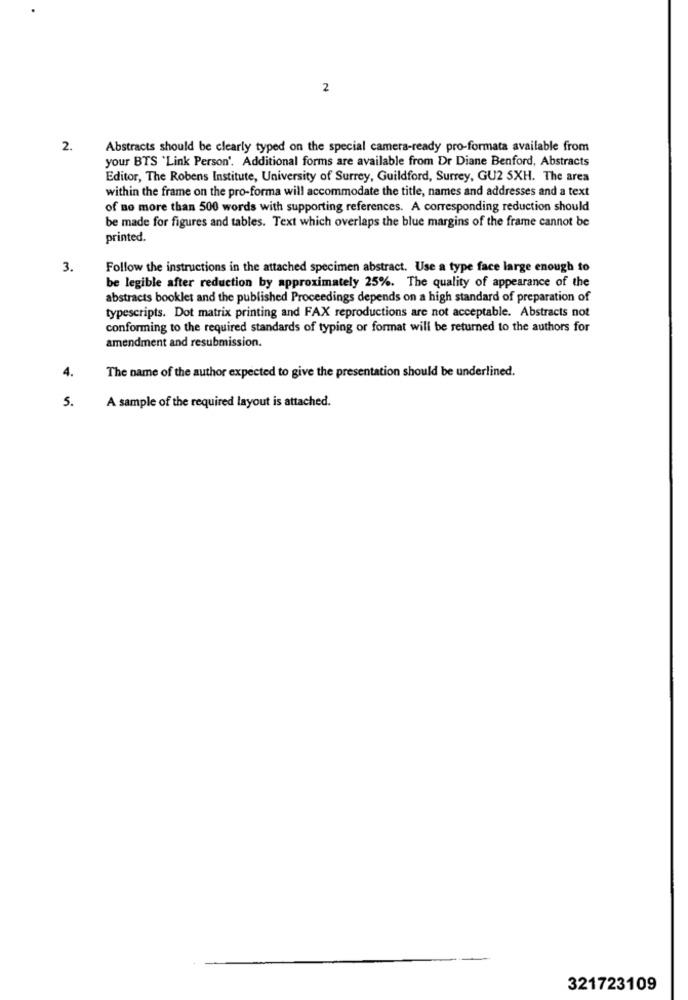
2
2.
Abstracts should be clearly typed on the special camera-ready pro-formata available from
your BTS 'Link Person'. Additional forms are available from Dr Diane Benford, Abstracts
Editor, The Robens Institute, University of Surrey, Guildford, Surrey, GU2 5XH. The area
within the frame on the pro-forma will accommodate the title, names and addresses and a text
of no more than 500 words with supporting references. A corresponding reduction should
be made for figures and tables. Text which overlaps the blue margins of the frame cannot be
printed.
3.
Follow the instructions in the attached specimen abstract. Use a type face large enough to
be legible after reduction by approximately 25%. The quality of appearance of the
abstracts booklet and the published Proceedings depends on a high standard of preparation of
typescripts. Dot matrix printing and FAX reproductions are not acceptable. Abstracts not
conforming to the required standards of typing or format will be returned to the authors for
amendment and resubmission.
4.
The name of the author expected to give the presentation should be underlined.
5.
A sample of the required layout is attached.
321723109